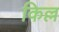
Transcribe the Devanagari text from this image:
किल्ल